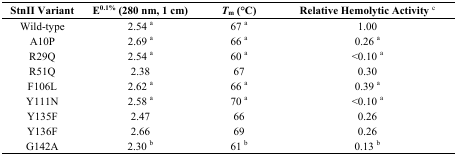
| StnII Variant | E0.1% (280 nm, 1 cm) | Tm (°C) | Relative Hemolytic Activity c |
 | --- | --- | --- | --- |
 | Wild-type | 2.54 a | 67 a | 1.00 |
 | A10P | 2.69 a | 66 a | 0.26 a |
 | R29Q | 2.54 a | 60 a | <0.10 a |
 | R51Q | 2.38 | 67 | 0.30 |
 | F106L | 2.62 a | 66 a | 0.39 a |
 | Y111N | 2.58 a | 70 a | <0.10 a |
 | Y135F | 2.47 | 66 | 0.26 |
 | Y136F | 2.66 | 69 | 0.26 |
 | G142A | 2.30 b | 61 b | 0.13 b |